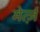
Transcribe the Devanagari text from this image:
मेर्त्ज़